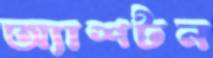
অ্যাশটন